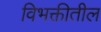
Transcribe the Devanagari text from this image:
विभक्तीतील